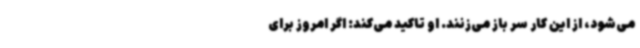
می‌شود، از این کار سر باز می‌زنند. او تاکید می‌کند: اگر امروز برای